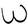
Character: W